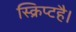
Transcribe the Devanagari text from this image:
स्क्रिप्टहै।